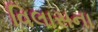
વિલાસના